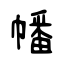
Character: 幡